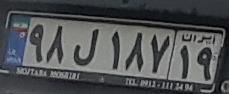
۹۸ل۱۸۷۱۹